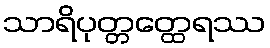
သာရိပုတ္တတ္ထေရဿ